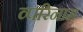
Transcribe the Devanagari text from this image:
व्परिनाम